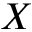
X